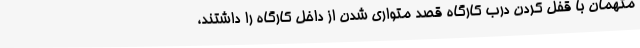
متهمان با قفل کردن درب کارگاه قصد متواری شدن از داخل کارگاه را داشتند،